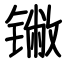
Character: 𬭯